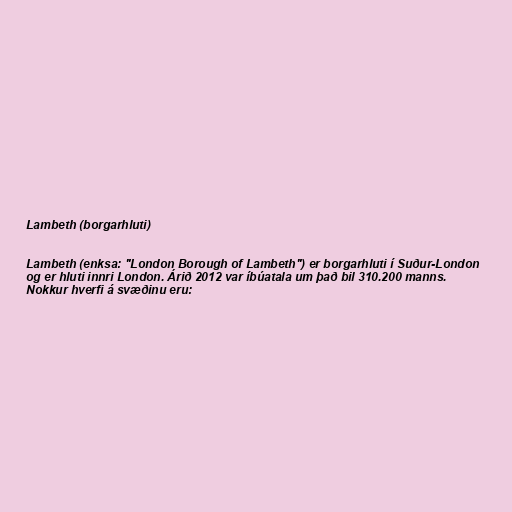
Lambeth (borgarhluti)

Lambeth (enksa: "London Borough of Lambeth") er borgarhluti í Suður-London
og er hluti innri London. Árið 2012 var íbúatala um það bil 310.200 manns.
Nokkur hverfi á svæðinu eru: